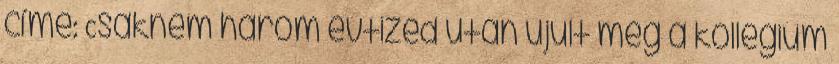
címe: Csaknem három évtized után újult meg a kollégium